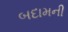
બદામની